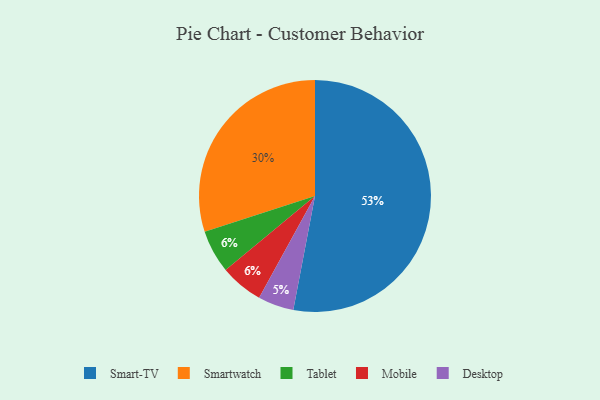
{"axis": {"x": "Category", "y": "Percentage"}, "legend": ["Desktop", "Mobile", "Smart-TV", "Smartwatch", "Tablet"], "data": [{"x": "Smartwatch", "y": 30, "type": "Smartwatch"}, {"x": "Desktop", "y": 5, "type": "Desktop"}, {"x": "Tablet", "y": 6, "type": "Tablet"}, {"x": "Mobile", "y": 6, "type": "Mobile"}, {"x": "Smart-TV", "y": 53, "type": "Smart-TV"}]}